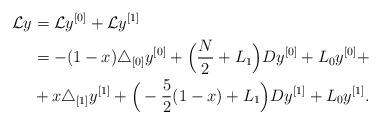
LaTeX: \begin{align*}\mathcal{L}y&=\mathcal{L}y^{[0]}+\mathcal{L}y^{[1]} \\&=-(1-x)\triangle_{[0]}y^{[0]}+\Big(\frac{N}{2}+L_1\Big)Dy^{[0]}+L_0y^{[0]}+ \\&+x\triangle_{[1]}y^{[1]}+\Big(-\frac{5}{2}(1-x)+L_1\Big)Dy^{[1]}+L_0y^{[1]}.\end{align*}